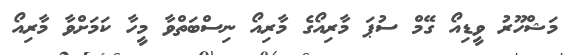
މަޝްހޫރު ވީޑިއޯ ގޭމް ސުޕަ މާރިއޯގެ މާރިއޯ ނިސްބަތްވާ މީހާ ކަމަށްވާ މާރިއޯ